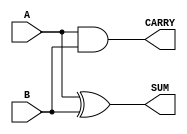
module Parameterized_Half_Adder #(
    parameter WIDTH = 1 // Default value is 1
) (
    input  wire [WIDTH-1:0] A,  // First operand
    input  wire [WIDTH-1:0] B,  // Second operand
    output wire [WIDTH-1:0] SUM, // Sum output
    output wire CARRY           // Carry output
);

    // Compute the sum and carry
    assign SUM = A ^ B;         // Bitwise XOR for sum
    assign CARRY = |(A & B);    // OR reduction of bitwise AND for carry

endmodule